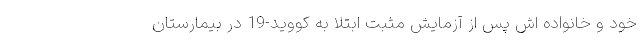
خود و خانواده اش پس از آزمایش مثبت ابتلا به کووید-19 در بیمارستان